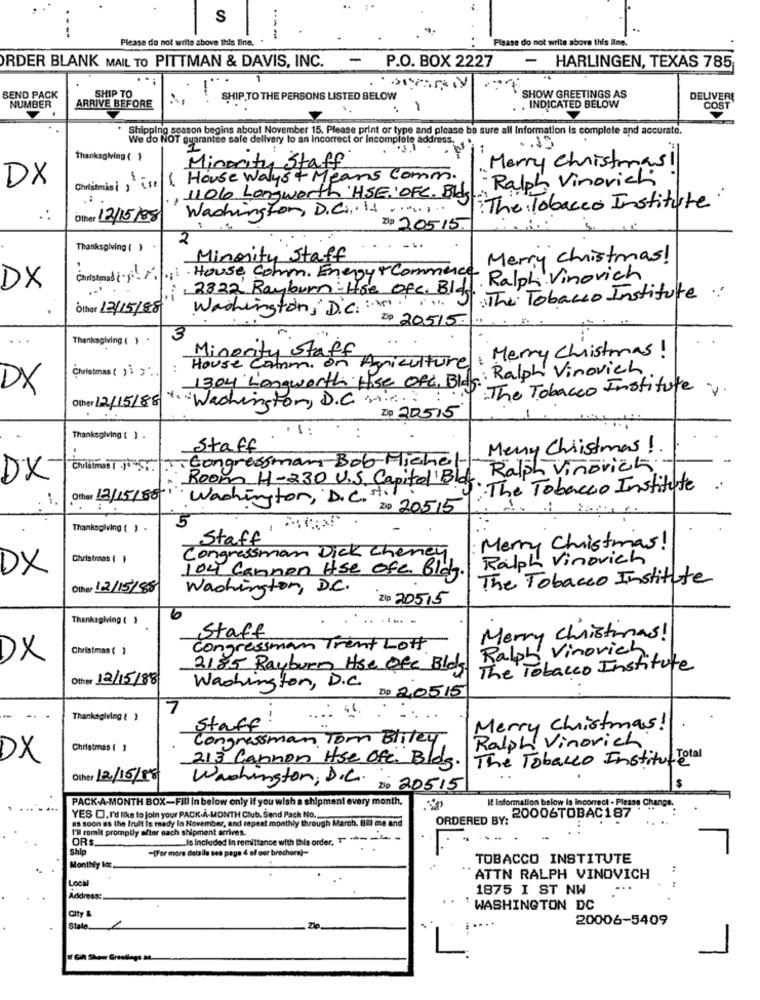
S
---
---
Please do not write above this line.
Please do not write above this line.
- P.O. BOX 2227
ORDER BLANK MAIL TO PITTMAN & DAVIS, INC.
- HARLINGEN, TEXAS 785
SHIP TO
SHOW GREETINGS AS
SEND PACK
SHIP TO THE PERSONS LISTED BELOW
DEL
NUMBER
ARRIVE BEFORE
. INDICATED BELOW
Shipping season begins about November 15. Please print or type and please be sure all Information is complete and accurate.
we do NOT guarantee sale delivery to an incorrect or Incomplete address.
Thanksgiving ( }
Minority Staff
Merry Christmas!
1 House Walyst Means Comm.
Ralph Vinovich
DX
Christmas is ist
, 1106 Longworth 'HSE'OFC. Bld
.
Washington, D.C.i .. .......
The Tobacco Institute
Other 12/15/88
Zip 20515.
2
Thanksgiving ( )
Minority Staff
Merry christmas!
Christmas ( iii. House Comm. Energy+ Commerce
: Ralph. Vinovich
DX
2822 Rayburn- Hoe Ofc. Bld
J. The Tobacco Institute:
Other 12/15/88
Washington, D.C .:.... ...
Zip 20515.
Thanksgiving ( ) .
Agriculture: Merry Christmas!
House Comm. on
Minority Sta.
Christmas ( ) ;" ..
:
1304 Longworth Hose Off, Blok: Ralph Vinovich
DX
The Tobacco Institute ...
Other 12/15/88
Washington, D. C. 2 ...:
Zip 20515
.1
Thanksgiving ( ) .
Staff
Merry Christmas !.
congressman Bob-Michel
Chilimed 1 10-57.
Ralph Vinovich
DX
Room H-230 U.S. Capital Bld
1: The Tobacco Institute
Other 12/15/80
Washington, D.C ...
Zip 20515
5
Thanksgiving ( ) .
Staff
: Merry Christmas!
Christmas ( )
Ingressman Dick cheney
Ralph Vinovich
DX
104 Cannen Hse Ofe Bid
The Tobacco Institute
Other 12/15/88
Washington, D.C.
Zip 20515
Thanksgiving ( )
6
Staff
Merry Christmas!
Christmas ( )
Congressman Trent Lott
Ralph Vinovich
DX
3185 Rayburn Hse Ofe Blog
The Tobacco Institute
Other 12/15/88
Washington, D.C.
Zip 20515
7
Thanksgiving ( )
Staff
Merry Christmas!
Congressman Tor Bliley
Ralph Vinovich
Christmas ( )
×
The Tobacco Institut Total
213 Cannon Hse Ofc. Bldg.
Other 12/15/88
Washington, D.C. zip 20515
PACK-A-MONTH BOX-Fill in below only if you wish a shipment every month.
It Information below is incorrect - Please C!
ORDERED BY: 20006TOBAC197.
YES . I'd like to join your PACK-À-MONTH Club. Send Pack No.
as soon as the fruit is ready In November, and repeat monthly through March. BRl me and
I'll remit promptly after each shipment arrives.
ORS_
Is Included In remittance with this order. 1 .--- -
Ship
-[For more details see page 4 of our brochure)-
. .
TOBACCO INSTITUTE
Monthly Moc.
Lock
ATTN RALPH VINOVICH
1875 I ST NW
Address:
WASHINGTON DC
city
20006-5409
Stalo.
Gik Shour Greatlagt 84
L.